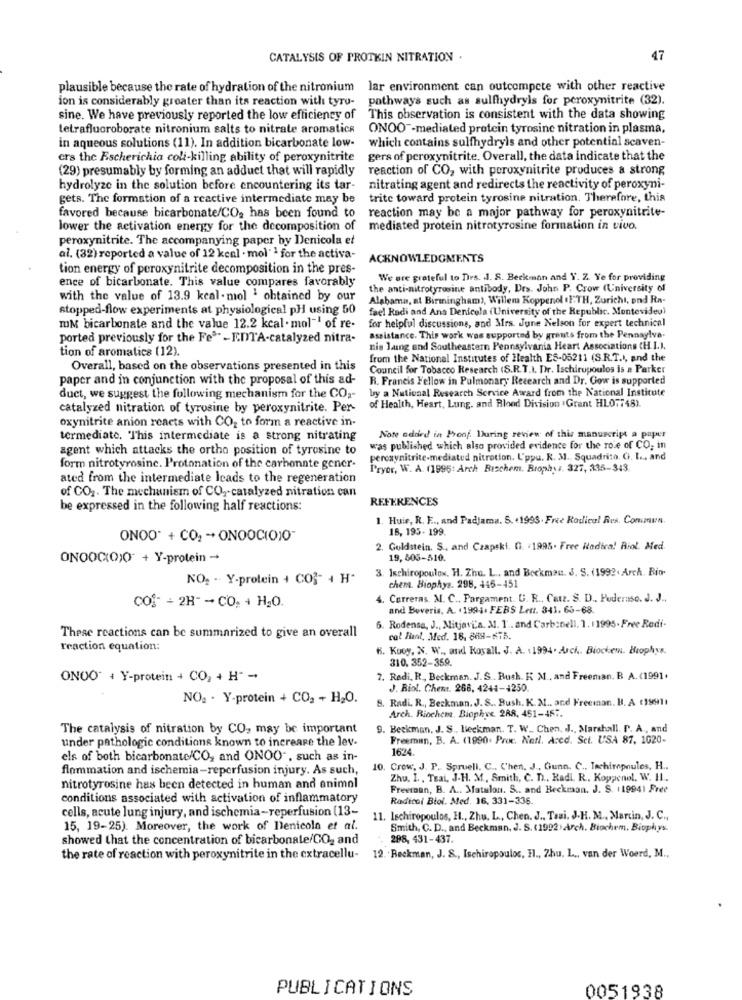
CATALYSIS OF PROTEIN NITRATION .
47
plausible because the rate of hydration of the nitronium lar environment can outcompete with other reactive
ion is considerably greater than its reaction with tyro-
pathways such as sulfhydryls for peroxynitrite (32).
sine. We have previously reported the low efficiency of
This observation is consistent with the data showing
tetrafluoroborate nitronium salts to nitrate aromatica
ONOO"-mediated protein tyrosine nitration in plasma,
which contains sulfhydryls and other potential scaven-
in aqueous solutions (11). In addition bicarbonate low-
ers the Escherichia coli-killing ability of peroxynitrite
gers of peroxynitrite. Overall, the data indicate that the
(29) presumably by forming an adduct that will rapidly
reaction of CO, with peroxynitrite produces a strong
hydrolyze in the solution before encountering its tar-
nitrating agent and redirects the reactivity of peroxyni-
gets. The formation of a reactive intermediate may be
trite toward protein tyrosine nitration. Therefore, this
reaction may be a major pathway for peroxynitrite-
favored because bicarbonate/CO, has been found to
lower the activation energy for the decomposition of
mediated protein nitrotyrosine formation in vivo.
peroxynitrite. The accompanying paper by Denicola et
al. (32) reported a value of 12 kcal . mol" ' for the activa-
ACKNOWLEDGMENTS
tion energy of peroxynitrite decomposition in the pres-
ence of bicarbonate. This value compares favorably
We are grateful to Dirs. J. S. Beckman and V. Z. Ve for providing
the anti-nitrotyrosine antibody, Drs. John P. Crow (University of
with the value of 13.9 kcal . mol ' obtained by our
Alabama, at Birmingham), Willem Koppenel ITH, Zuricht, and Ra-
stopped-flow experiments at physiological pH using 50
fael Radi and Ana Denicola (University of the Republic. Montevideu)
for helpful discussions, and Mrs. June Nelson for expert technical
mM bicarbonate and the value 12.2 kcal . mol"" of re-
ported previously for the Fes" -ENTA-catalyzed nitra-
assistance. This work was supported by grants from the Pennaylva.
tion of aromatica (12).
nis lang and Southeastern Pennsylvania Heart Associations CH.I.I.
from the National Institutes of Health ES-05211 (S.R.T.), and the
Overall, based on the observations presented in this
Council for Tobacco Research (S.R.T.I. Dr. Ischirupoulos is a Parker
paper and in conjunction with the proposal of this ad-
R. Francis Fellow in Pulmonary Research and Dr. Gow is supported
by a National Research Service Award from the National Institute
duct, we suggest the following mechanism for the CO ,-
catalyzed nitration of tyrosine by peroxynitrite. Per-
of Health, Heart, Lung. and Blood Division .Grant HLO7:48).
oxynitrite anion reacts with CO2 to form a reactive in-
termediate. "This intermediate is a strong nitrating
Note added in Pronf. During review of this manuscript a paper
agent which attacks the ortho position of tyrosine to
was published which also provided evidence for the role of CO; in
percaynitrite-mediated nitrotion. L'ppu. R. M ., Squadrito. G. L ., and
form nitrotyrosinc. Protonation of the carbonate gener-
Pryor, W. A. (1996: Arch Beschem. Brophys. 327, 335-343.
ated from the intermediate leads to the regeneration
of CO2. The mechanism of CO, catalyzed nitration can
REFERENCES
be expressed in the following half reactions:
1. Huis, R. F .., and Padjama. S. +1998. Free Radical Res. Commun.
16, 195- 199.
ONOO + CO2 - ONOOCIO10-
2. Goldstein. S ., and Czapeki. G. 1995. Free Rodica! Riol. Med.
ONOOCIO;) + Y-protein -
19, 505-510.
3. Ischiropoulos, H. Zhu. L ., and Beckman. J. S. (1992. Arch. Bio.
NO2 - Y-protein + CO3- 4 H-
chem. Biophys. 298, 446-451
COf- - 2H- - CO, + H2O.
4. Carreras. M. C ., Pargament. G. R ., Catz. S. D ., Pudernso. J. J .,
and Boveris. A. (1994. FEBS Lent. 341. 65-68.
6. Rodensa, J ., Mitjavi'a. M. 1 .. and Carbonell. 1. 11995-Free Redi-
These reactions can be summarized to give an overall
cal lianl, Med. 18, 888-675.
reaction equation:
K. Kooy, N. W ., and Royall. J. A. (1994. Arch. Biockew. Bophys,
310. 352-359.
ONOO" + Y-protein + CO2 + H" -
7. Redi, R ., Beckman. J. S. Push. K M ., and Freeman. B. A. (1991 .
J. Biol. Chent. 268, 4244-1250.
NO2 . Y-protein + CO2 + H2O.
8. Radi. R ., Beckman. J. S .. Bush. K.M ., and Freeman. B. A (19911
Arch. Riochem. Biophve 288, 451-46 ;.
The catalysis of nitration by CO, may be important
9. Beekman. J. S ., Heckman. T. W .. Chen. J ., Marshall. P. A ., and
under pathologic conditions known to increase the lev-
Freeman, B. A. (1990. Proc. Netl. Ared. Sct. USA 87, 1020-
1624.
els of both bicarbonate/CO, and ONOO", such as in-
flammation and ischemia-reperfusion injury. As such,
10. Crow, J. P. Spruell. C ., C'hen. J ., Gunn. C ., Tachirapoules, H ..
Zhu. I ., Trai, J.H. M. Smith, C. D ., Radl. R. Koppenel, W. H1.
nitrotyrosine has been detected in human and animal
Freeroan, B. A .. Matulon. S .. and Beckman. J. S. 119941 Free
conditions associated with activation of inflammatory
Radicol Biol. Med. 16, 331-336.
cells, acute lung injury, and ischemia-reperfusion (13-
11. Ischiropoulos, H ., Zhu, L ., Chen. J ., Taai. J.H. M ., Martin, J. C .,
15, 19-25). Moreover, the work of Denicola et al.
Smith, C. D ., and Beckman, J. S. (1992. Arch. Biochem, Biophys.
showed that the concentration of bicarbonate/CO2 and
+. 288, 431-437
the rate of reaction with peroxynitrite in the extracellu-
12. Beckman, J. S ., Ischiropoulos, Il ., Zhu. L ., van der Woerd, M .,
PUBLICATIONS
0051938